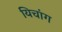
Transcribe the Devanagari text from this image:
यिचांग